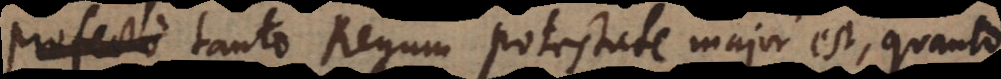
profecto tanto Regum potestate major est, quanto